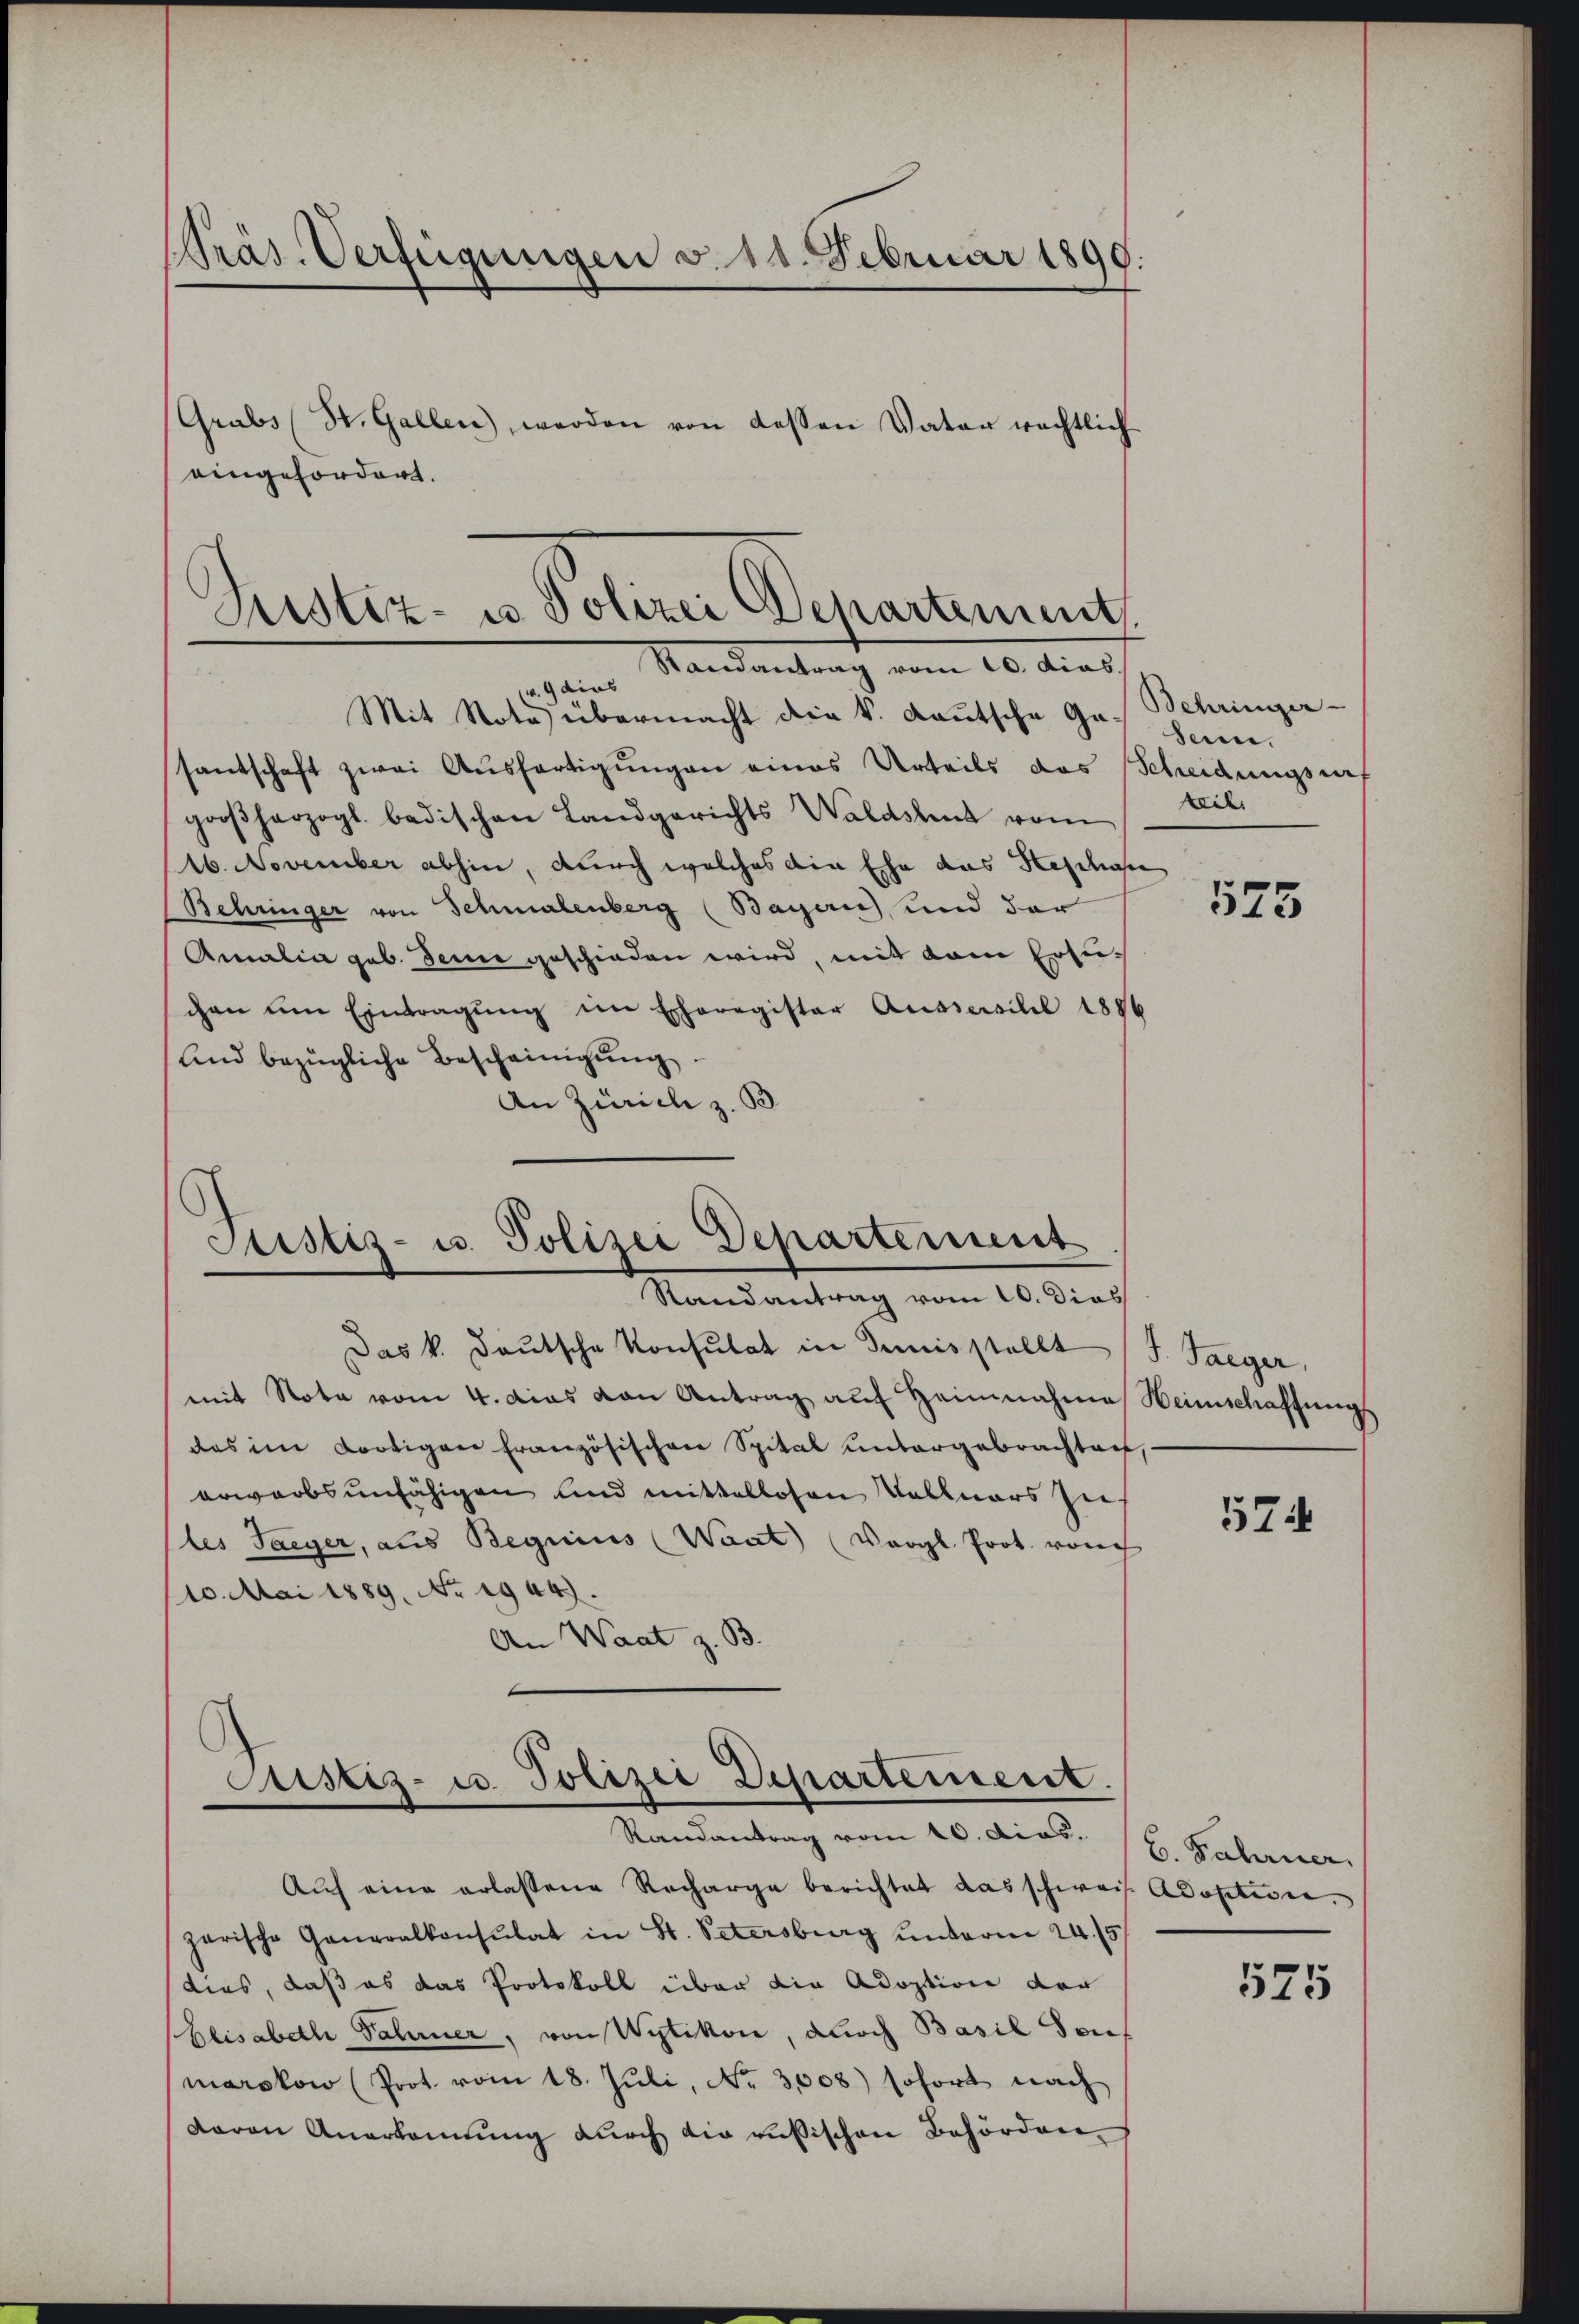
Präs. Verfügungen v. 11. Februar 1899.

Grabs (St. Gallen werden von dessen Vater rechtlich
eingefordert.

Justiz- u Polizei Departement.
Randantrag vom 10. dies
 9 dies
Mit Note übermacht die k. Lautsche Ge¬ hei¬

santschaft zwei Aŭsfertigŭngen eines Urteils das Scheidungsref
großherzogl. badischen Landgerichts Waldstent vom
16. November abhin, durch welches die Ehe das Stephae
Behringer von Schmalenberg (Bayern) und der
Amalia geb. Seine geschieden wird, mit kam Ersuchen ŭm Eintragŭng im Eheregister Aussersilil 1886
Und bezügliche Bescheinigŭng.
An Zürich z. B.

Justiz- u. Polizei Departement
Randantrag vom 10. dies

Das k. Deutsche Konsulat in Junis stellt (S. Taeger,
mit Note vom 4. Das von Antrag auf Heinnahme Heimschaffungs
das im dortigen französischen Spital untergebrachten,
erwarbsunfähigen und mittellosen Kellners zu
(les Saeger, aus Begnius (Waat) (Vergl. Prot. vorch
110. Mai 1889. No. 1944.
An Waat z. B.

Justiz- u. Polizei Departement.
Randantrag vom 10. dies. 1. Fahrner

Aŭf eine erlassene Recharge berichtet das schweis Adoption.
garische Generalkonsulat in St. Petersburg unterm 24. 15
ties, daß es das Protokoll über die Adoption der
Beisabeth Fahrner, von Wytikon, durch Basil Souf
marckow (Prot. vom 18. Jŭli, No. 3008) sofort nach
daren Anerkennung durch die russischen Behörden

Behringer-
teil

575

574

575